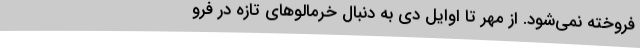
فروخته نمی‌شود. از مهر تا اوایل دی به دنبال خرمالوهای تازه در فرو